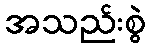
အသည်းစွဲ